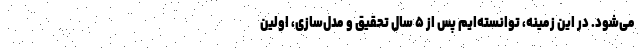
می‌شود. در این زمینه، توانسته‌ایم پس از ۵ سال تحقیق و مدل‌سازی، اولین